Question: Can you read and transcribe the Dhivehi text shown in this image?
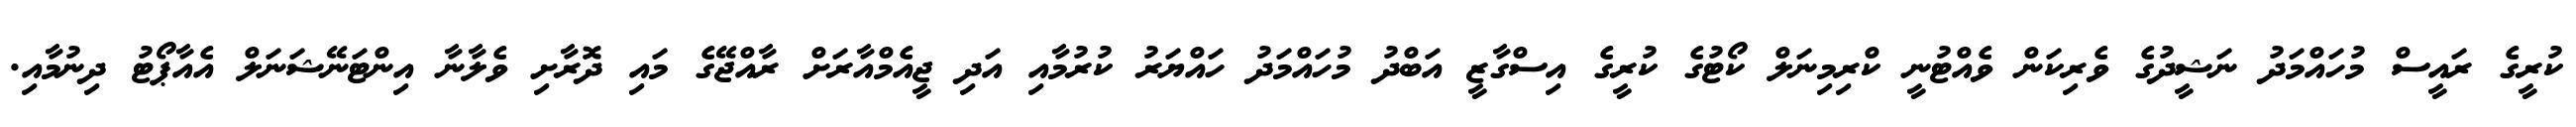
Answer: ކުރީގެ ރައީސް މުހައްމަދު ނަޝީދުގެ ވެރިކަން ވެއްޓުނީ ކްރިމިނަލް ކޯޓުގެ ކުރީގެ އިސްގާޒީ އަބްދު މުހައްމަދު ހައްޔަރު ކުރުމާއި އަދި ޖީއެމްއާރަށް ރާއްޖޭގެ މައި ދޮރާށި ވެލާނާ އިންޓަނޭޝަނަލް އެއާޕޯޓު ދިނުމާއި.